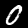
Label: 0